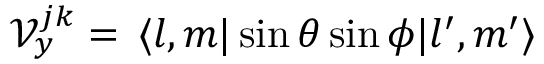
\mathcal V _ { y } ^ { j k } = \, \langle l , m | \sin \theta \sin \phi | l ^ { \prime } , m ^ { \prime } \rangle